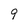
Character: 9